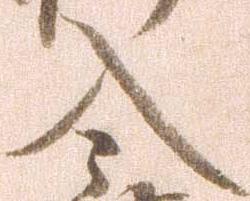
入